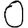
Digit: 0